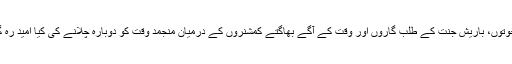
بھاری جوتوں، باریش جنت کے طلب گاروں اور وقت کے آگے بھاگتے کمشنروں کے درمیان منجمد وقت کو دوبارہ چلانے کی کیا امید رہ گئی تھی۔